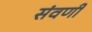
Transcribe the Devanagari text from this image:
संवर्णी